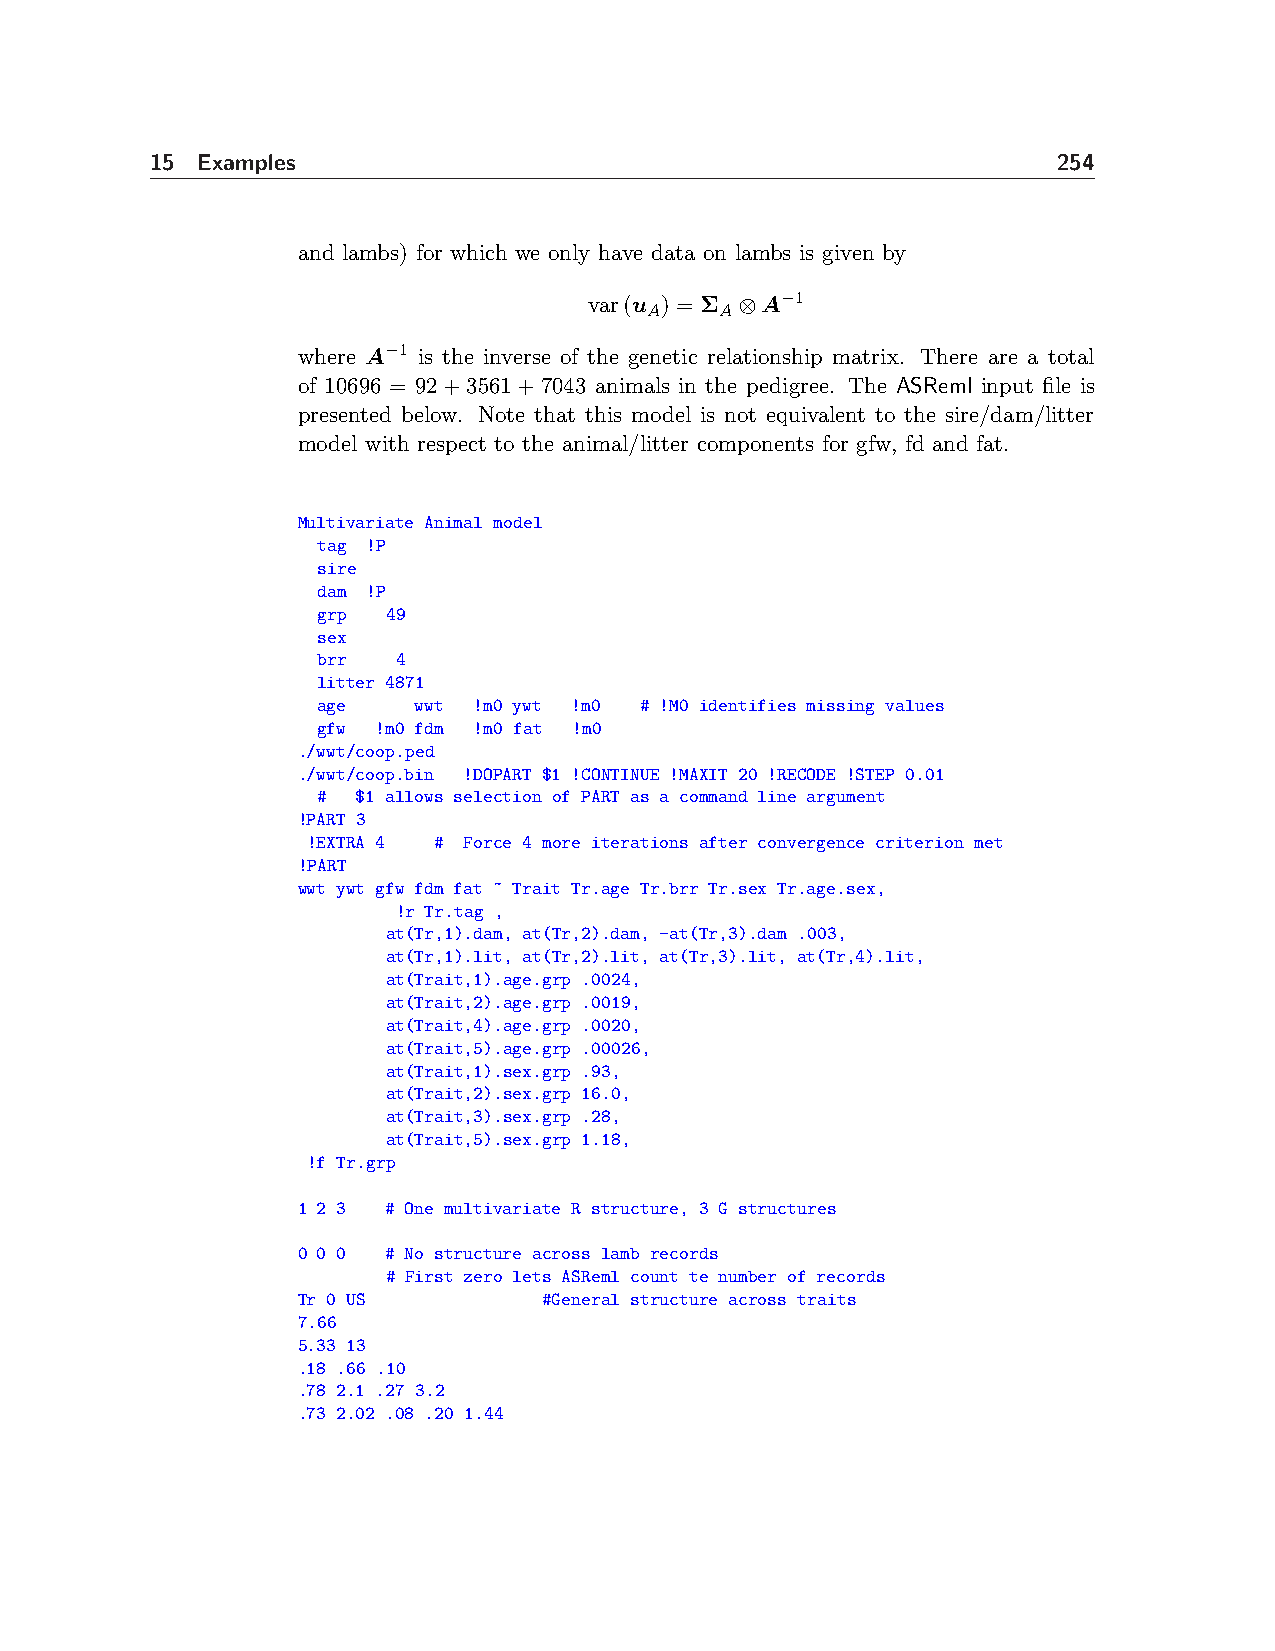
15 Examples                                                 254
 and lambs) for which we only have data on lambs is given by
 var(u ) = Σ ⊗A−1
 A    A
 where A−1 is the inverse of the genetic relationship matrix. There are a total
 of 10696 = 92+3561+7043 animals in the pedigree. The ASReml input file is
 presented below. Note that this model is not equivalent to the sire/dam/litter
 model with respect to the animal/litter components for gfw, fd and fat.
 Multivariate Animal model
 tag !P
 sire
 dam !P
 grp  49
 sex
 brr  4
 litter 4871
 age   wwt !m0 ywt !m0 # !M0 identifies missing values
 gfw !m0 fdm !m0 fat !m0
 ./wwt/coop.ped
 ./wwt/coop.bin !DOPART $1 !CONTINUE !MAXIT 20 !RECODE !STEP 0.01
 #  $1 allows selection of PART as a command line argument
 !PART 3
 !EXTRA 4 # Force 4 more iterations after convergence criterion met
 !PART
 wwt ywt gfw fdm fat ~ Trait Tr.age Tr.brr Tr.sex Tr.age.sex,
 !r Tr.tag ,
 at(Tr,1).dam, at(Tr,2).dam, -at(Tr,3).dam .003,
 at(Tr,1).lit, at(Tr,2).lit, at(Tr,3).lit, at(Tr,4).lit,
 at(Trait,1).age.grp .0024,
 at(Trait,2).age.grp .0019,
 at(Trait,4).age.grp .0020,
 at(Trait,5).age.grp .00026,
 at(Trait,1).sex.grp .93,
 at(Trait,2).sex.grp 16.0,
 at(Trait,3).sex.grp .28,
 at(Trait,5).sex.grp 1.18,
 !f Tr.grp
 1 2 3 # One multivariate R structure, 3 G structures
 0 0 0 # No structure across lamb records
 # First zero lets ASReml count te number of records
 Tr 0 US         #General structure across traits
 7.66
 5.33 13
 .18 .66 .10
 .78 2.1 .27 3.2
 .73 2.02 .08 .20 1.44